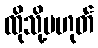
ထိုသို့မဟုတ်